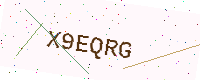
Text: X9EQRG